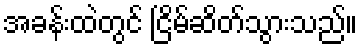
အခန်းထဲတွင် ငြိမ်ဆိတ်သွားသည်။